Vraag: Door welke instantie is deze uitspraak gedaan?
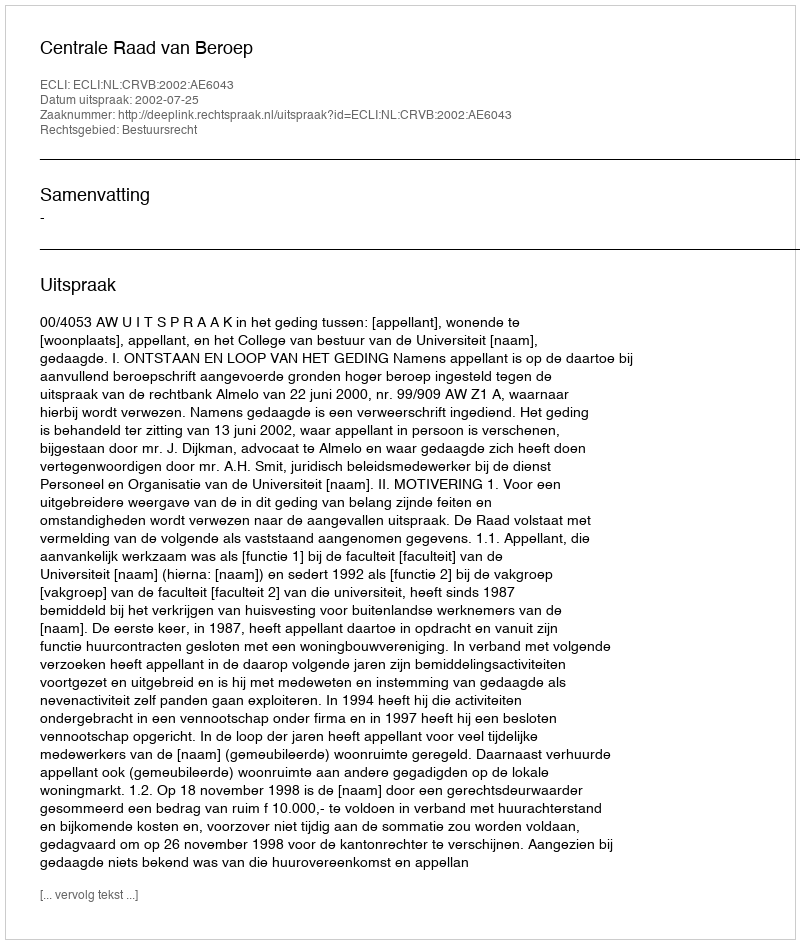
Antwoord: Centrale Raad van Beroep